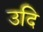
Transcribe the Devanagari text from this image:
उदि